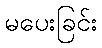
မပေးခြင်း